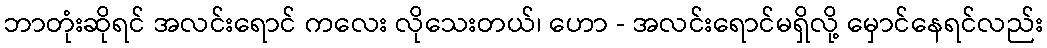
ဘာတုံးဆိုရင် အလင်းရောင် ကလေး လိုသေးတယ်၊ ဟော - အလင်းရောင်မရှိလို့ မှောင်နေရင်လည်း